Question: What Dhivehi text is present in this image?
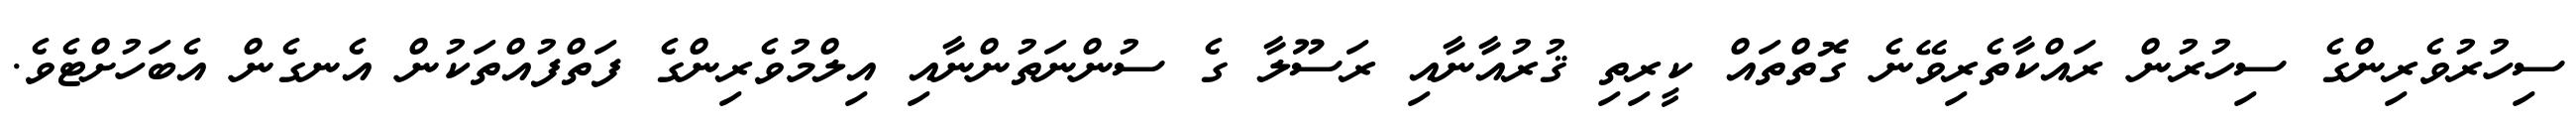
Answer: ސިހުރުވެރިންގެ ސިހުރުން ރައްކާތެރިވޭނެ ގޮތްތައް ކީރިތި ޤުރުއާނާއި ރަސޫލާ ގެ ސުންނަތުންނާއި އިލްމުވެރިންގެ ފަތްފުއްތަކުން އެނގެން އެބަހުށްޓެވެ.